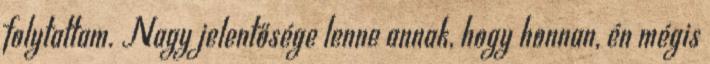
folytattam. Nagy jelentősége lenne annak, hogy honnan, én mégis